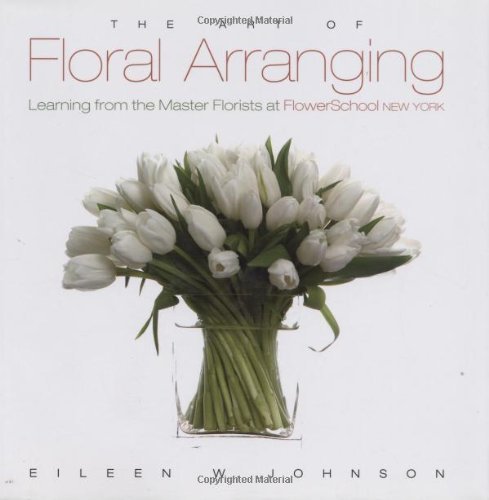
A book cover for Art of Floral Arranging, The Learning from the Master Florists at Flower School New York by Johnson, Eileen [Gibbs Smith,2007] (Hardcover); Crafts, Hobbies & Home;